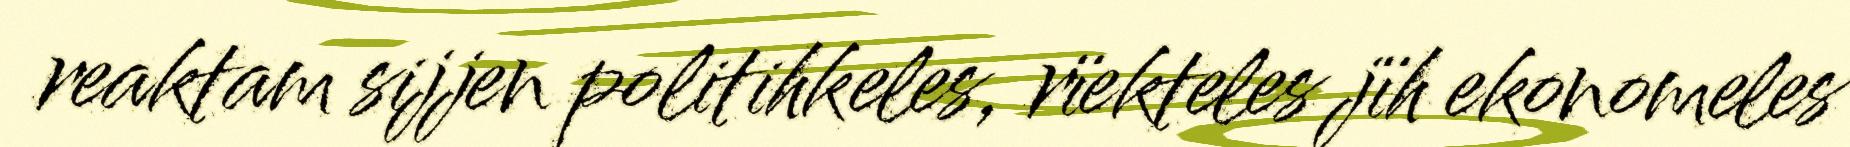
reaktam sijjen politihkeles, rïekteles jïh ekonomeles